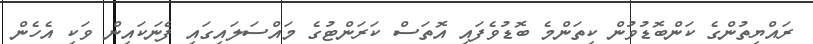
ރައްޔިތުންގެ ކަންބޮޑުވުން ކިތަންމެ ބޮޑުވެފައި އޮތަސް ކަރަންޓުގެ މައްސަލައިގައި ފެނަކައިން ވަކި އެހެން